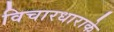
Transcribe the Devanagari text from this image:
विचारधाराके